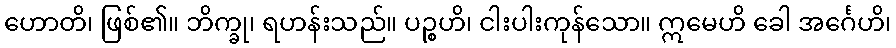
ဟောတိ၊ ဖြစ်၏။ ဘိက္ခု၊ ရဟန်းသည်။ ပဉ္စဟိ၊ ငါးပါးကုန်သော။ ဣမေဟိ ခေါ အင်္ဂေဟိ၊